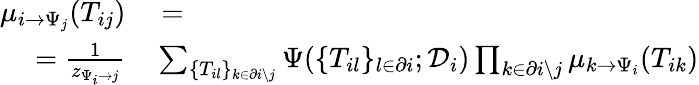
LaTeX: \begin{array}{r}{\begin{array}{rl}{\mu_{i\to\Psi_{j}}(T_{ij})}&{{}=}\\ {=\frac{1}{z_{\Psi_{i}\to j}}}&{{}\sum_{\{ T_{il}\} _{k\in\partial i\setminus j}}\Psi(\{ T_{il}\} _{l\in\partial i};\mathcal{D}_{i})\prod_{k\in\partial i\setminus j}\mu_{k\to\Psi_{i}}(T_{ik})}\end{array}}\end{array}